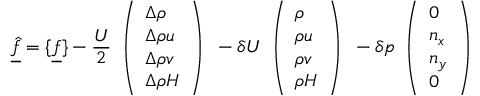
\underline { { \hat { f } } } = \{ \underline { { f } } \} - \frac { U } { 2 } \begin{array} { l } { \left( \begin{array} { l } { \Delta \rho } \\ { \Delta \rho u } \\ { \Delta \rho v } \\ { \Delta \rho H } \end{array} \right) } \end{array} - \delta U \begin{array} { l } { \left( \begin{array} { l } { \rho } \\ { \rho u } \\ { \rho v } \\ { \rho H } \end{array} \right) } \end{array} - \delta p \begin{array} { l } { \left( \begin{array} { l } { 0 } \\ { n _ { x } } \\ { n _ { y } } \\ { 0 } \end{array} \right) } \end{array}